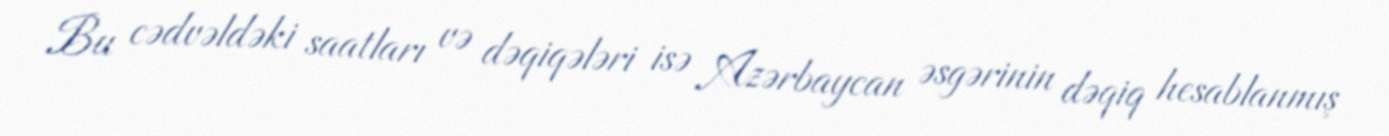
Bu cədvəldəki saatları və dəqiqələri isə Azərbaycan əsgərinin dəqiq hesablanmış